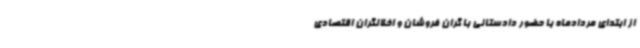
از ابتدای مردادماه با حضور دادستانی با گران فروشان و اخلالگران اقتصادی